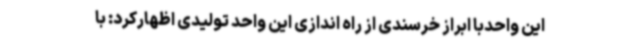
این واحدبا ابراز خرسندی از راه اندازی این واحد تولیدی اظهارکرد: با